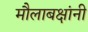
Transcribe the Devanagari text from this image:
मौलाबक्षांनी